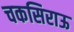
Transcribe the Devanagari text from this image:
चकसिराऊ